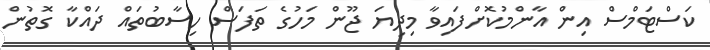
ކަސްޓަމްސް އިން އާންމުކޮށްފައިވާ މިދިޔަ ޖޫން މަހުގެ ތަފަސް ހިސާބުތައް ދައްކާ ގޮތުން